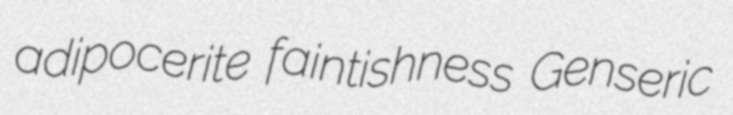
adipocerite faintishness Genseric